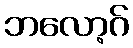
ဘလော့ဂ်